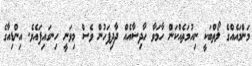
މަންމައެއްގެ ލޯތްބަކީ ނިއުމަތެއްކަން ހާމަވާ ހާދިސާއެއް ދާދިފަހުން ވެސް މިވަނީ ހިނގައިފައެވެ. އިންޑިއާގެ